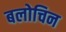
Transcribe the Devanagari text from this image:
बलोचिन